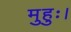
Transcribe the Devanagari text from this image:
मुहुः।